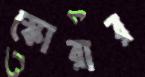
স্কোরার